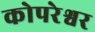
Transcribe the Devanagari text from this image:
कोपरेश्वर